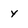
Character: y